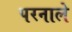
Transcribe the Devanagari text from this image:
परनाले